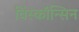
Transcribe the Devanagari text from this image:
विंस्कॉन्सिन